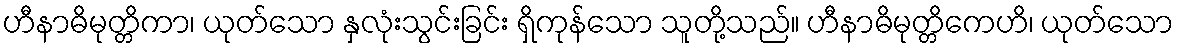
ဟီနာဓိမုတ္တိကာ၊ ယုတ်သော နှလုံးသွင်းခြင်း ရှိကုန်သော သူတို့သည်။ ဟီနာဓိမုတ္တိကေဟိ၊ ယုတ်သော